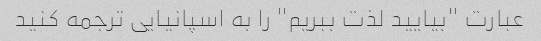
عبارت "بیایید لذت ببریم" را به اسپانیایی ترجمه کنید